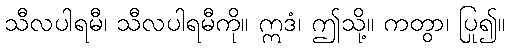
သီလပါရမီ၊ သီလပါရမီကို။ ဣဒံ၊ ဤသို့။ ကတွာ၊ ပြု၍။